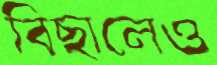
বিছালেও